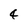
Character: 4